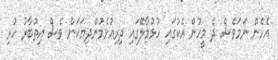
އެހެން ނަމަވެސް ދެ މީހުން އެކުގައި ހުޅުމާލޭގައި ދިރިއުޅެމުންދިޔަކަން ވެސް އިތުބާރު ހުރި